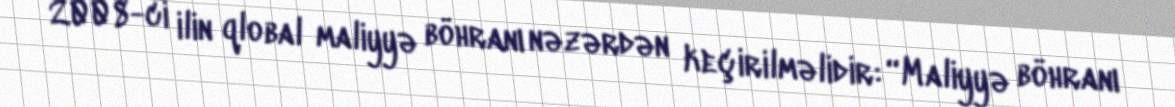
2008-ci ilin qlobal maliyyə böhranı nəzərdən keçirilməlidir: “Maliyyə böhranı